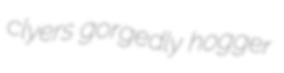
clyers gorgedly hogger